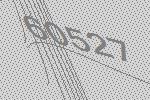
60527